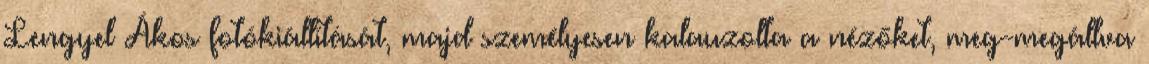
Lengyel Ákos fotókiállítását, majd személyesen kalauzolta a nézőket, meg-megállva